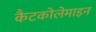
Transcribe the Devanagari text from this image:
कैटकोलेमाइन